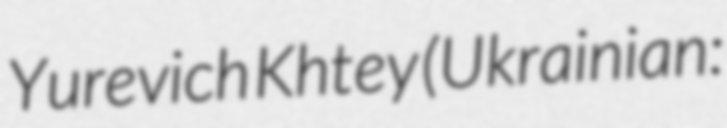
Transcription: Yurevich Khtey (Ukrainian: